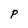
Character: P